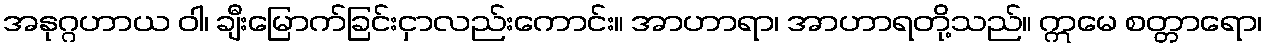
အနုဂ္ဂဟာယ ဝါ၊ ချီးမြောက်ခြင်းငှာလည်းကောင်း။ အာဟာရာ၊ အာဟာရတို့သည်။ ဣမေ စတ္တာရော၊